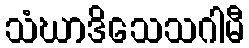
သံဃာဒိသေသဂါမီ